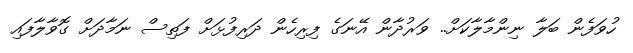
ހުވަފެން ބަލާ ނިންމާލާކަށް.. ވަރުދާން އޭނަގެ ފިރިހެން ދަރިފުޅަށް ފަތިސް ނަމާދަށް ގޮވާލާފައި